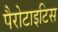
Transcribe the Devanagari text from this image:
पैरोटाइटिस